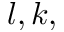
l , k ,